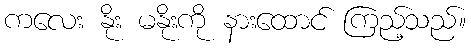
ကလေး နိုး မနိုးကို နားထောင် ကြည့်သည်။